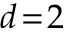
d \! = \! 2